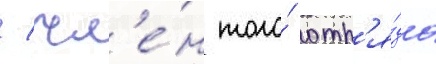
/ чл'е́н того́ отр'я́да